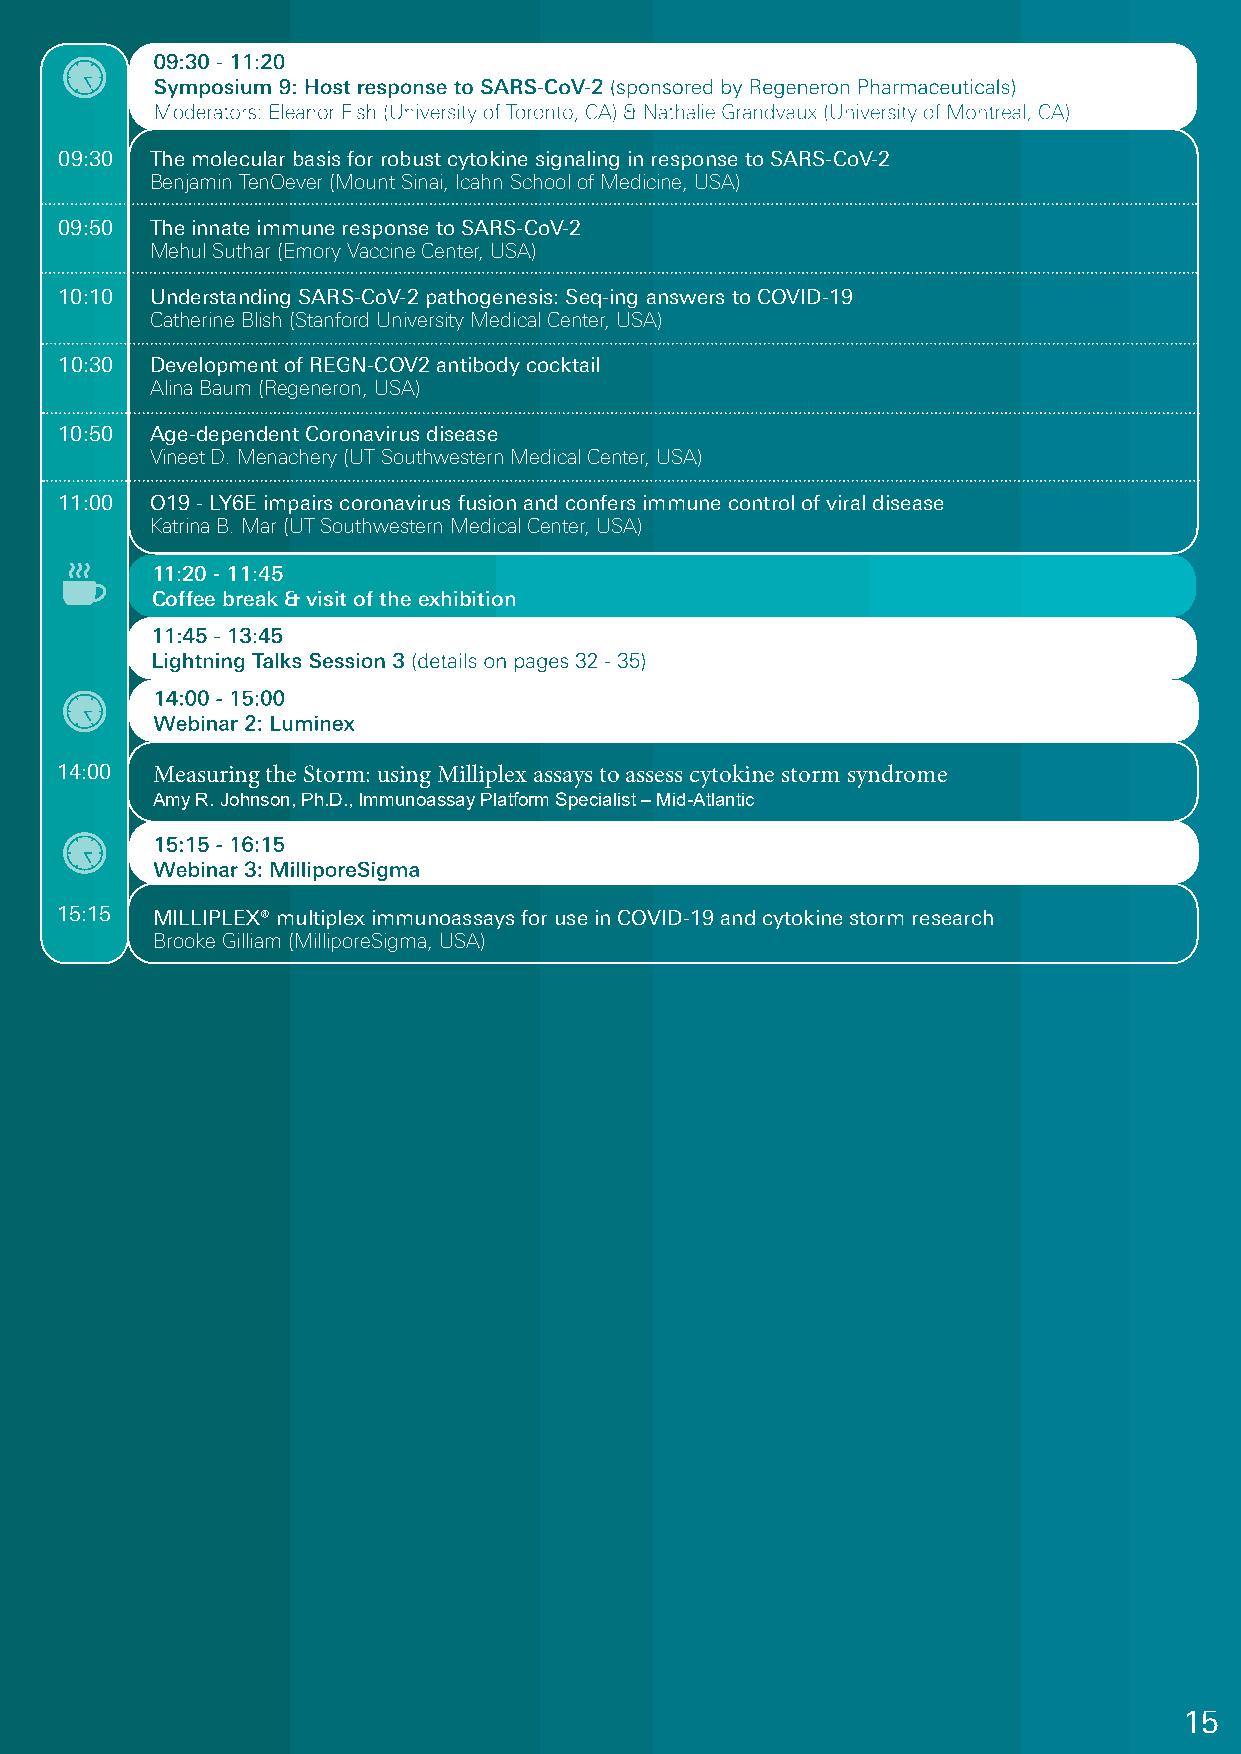
09:30 - 11:20
 Symposium 9: Host response to SARS-CoV-2 (sponsored by Regeneron Pharmaceuticals)
 Moderators: Eleanor Fish (University of Toronto, CA) & Nathalie Grandvaux (University of Montreal, CA)
 09:30 The molecular basis for robust cytokine signaling in response to SARS-CoV-2
 Benjamin TenOever (Mount Sinai, Icahn School of Medicine, USA)
 09:50 The innate immune response to SARS-CoV-2
 Mehul Suthar (Emory Vaccine Center, USA)
 10:10 Understanding SARS-CoV-2 pathogenesis: Seq-ing answers to COVID-19
 Catherine Blish (Stanford University Medical Center, USA)
 10:30 Development of REGN-COV2 antibody cocktail
 Alina Baum (Regeneron, USA)
 10:50 Age-dependent Coronavirus disease
 Vineet D. Menachery (UT Southwestern Medical Center, USA)
 11:00 O19 - LY6E impairs coronavirus fusion and confers immune control of viral disease
 Katrina B. Mar (UT Southwestern Medical Center, USA)
 11:20 - 11:45
 Coffee break & visit of the exhibition
 11:45 - 13:45
 Lightning Talks Session 3 (details on pages 32 - 35)
 14:00 - 15:00
 Webinar 2: Luminex
 14:00 Measuring the Storm: using Milliplex assays to assess cytokine storm syndrome
 Amy R. Johnson, Ph.D., Immunoassay Platform Specialist – Mid-Atlantic
 15:15 - 16:15
 Webinar 3: MilliporeSigma
 15:15 MILLIPLEX® multiplex immunoassays for use in COVID-19 and cytokine storm research
 Brooke Gilliam (MilliporeSigma, USA)
 15